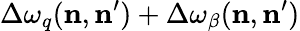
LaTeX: \Delta\omega_{q}(\mathbf{n},\mathbf{n^{\prime}})+\Delta\omega_{\beta}(\mathbf{n},\mathbf{n^{\prime}})